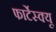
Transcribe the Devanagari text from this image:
फार्टेस्क्यू